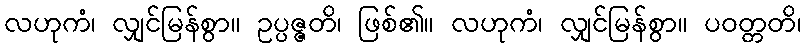
လဟုကံ၊ လျှင်မြန်စွာ။ ဥပ္ပဇ္ဇတိ၊ ဖြစ်၏။ လဟုကံ၊ လျှင်မြန်စွာ။ ပဝတ္တတိ၊